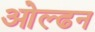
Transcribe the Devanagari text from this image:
ओल्ढन